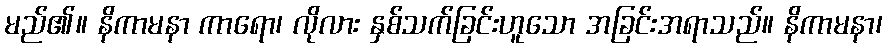
မည်၏။ နိကာမနာ ကာရော၊ လိုလား နှစ်သက်ခြင်းဟူသော အခြင်းအရာသည်။ နိကာမနာ၊